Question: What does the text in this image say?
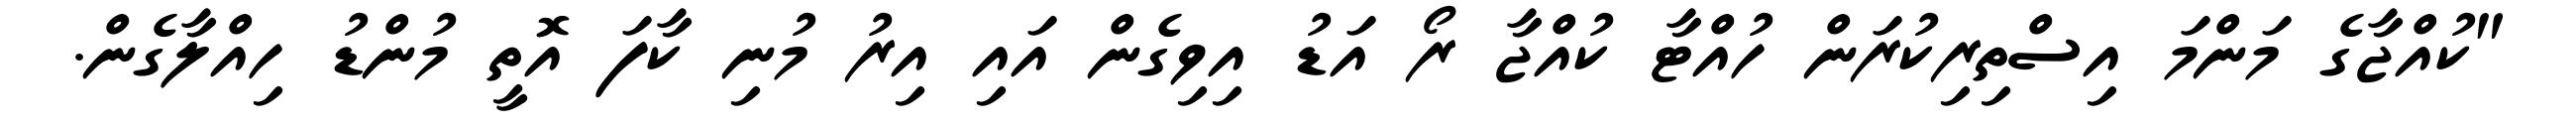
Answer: "ކުއްޖާގެ މަންމަ އިސްތިރިކުރަން ހުއްޓާ ކުއްޖާ ރޯ އަޑު އިވިގެން އައި އިރު މުނި ކާފަ އޮތީ މުންޑު ހިއްލާގެން.